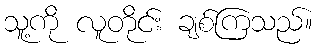
သူ့ကို လူတိုင်း ချစ်ကြသည်။